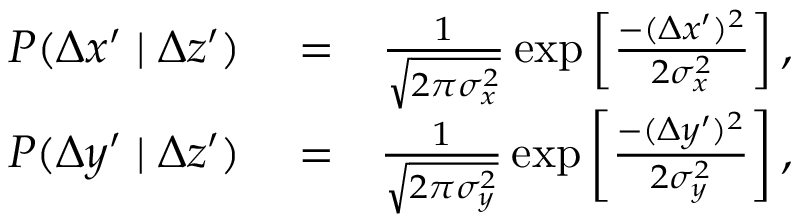
\begin{array} { r l r } { P ( \Delta x ^ { \prime } \mid \Delta z ^ { \prime } ) } & { { } = } & { \frac { 1 } { \sqrt { 2 \pi \sigma _ { x } ^ { 2 } } } \exp \left[ \frac { - ( \Delta x ^ { \prime } ) ^ { 2 } } { 2 \sigma _ { x } ^ { 2 } } \right] , } \\ { P ( \Delta y ^ { \prime } \mid \Delta z ^ { \prime } ) } & { { } = } & { \frac { 1 } { \sqrt { 2 \pi \sigma _ { y } ^ { 2 } } } \exp \left[ \frac { - ( \Delta y ^ { \prime } ) ^ { 2 } } { 2 \sigma _ { y } ^ { 2 } } \right] , } \end{array}